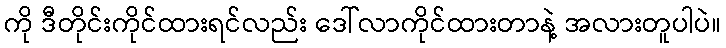
ကို ဒီတိုင်းကိုင်ထားရင်လည်း ဒေါ်လာကိုင်ထားတာနဲ့ အလားတူပါပဲ။